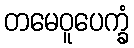
တမေဝူပေက္ခံ